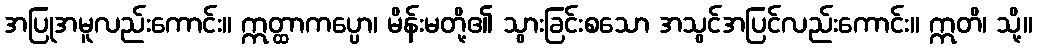
အပြုအမူလည်းကောင်း။ ဣတ္ထာကပ္ပော၊ မိန်းမတို့၏ သွားခြင်းစသော အသွင်အပြင်လည်းကောင်း။ ဣတိ၊ သို့။